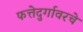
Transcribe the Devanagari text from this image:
फत्तेदुर्गावरचे